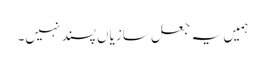
ہمیں یہ جعل سازیاں پسند نہیں۔